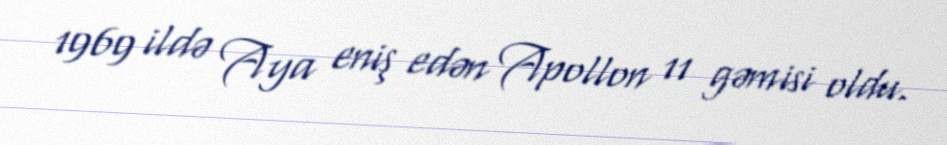
1969 ildə Aya eniş edən Apollon 11 gəmisi oldu.